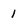
Character: 1